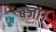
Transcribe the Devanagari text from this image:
बजा।